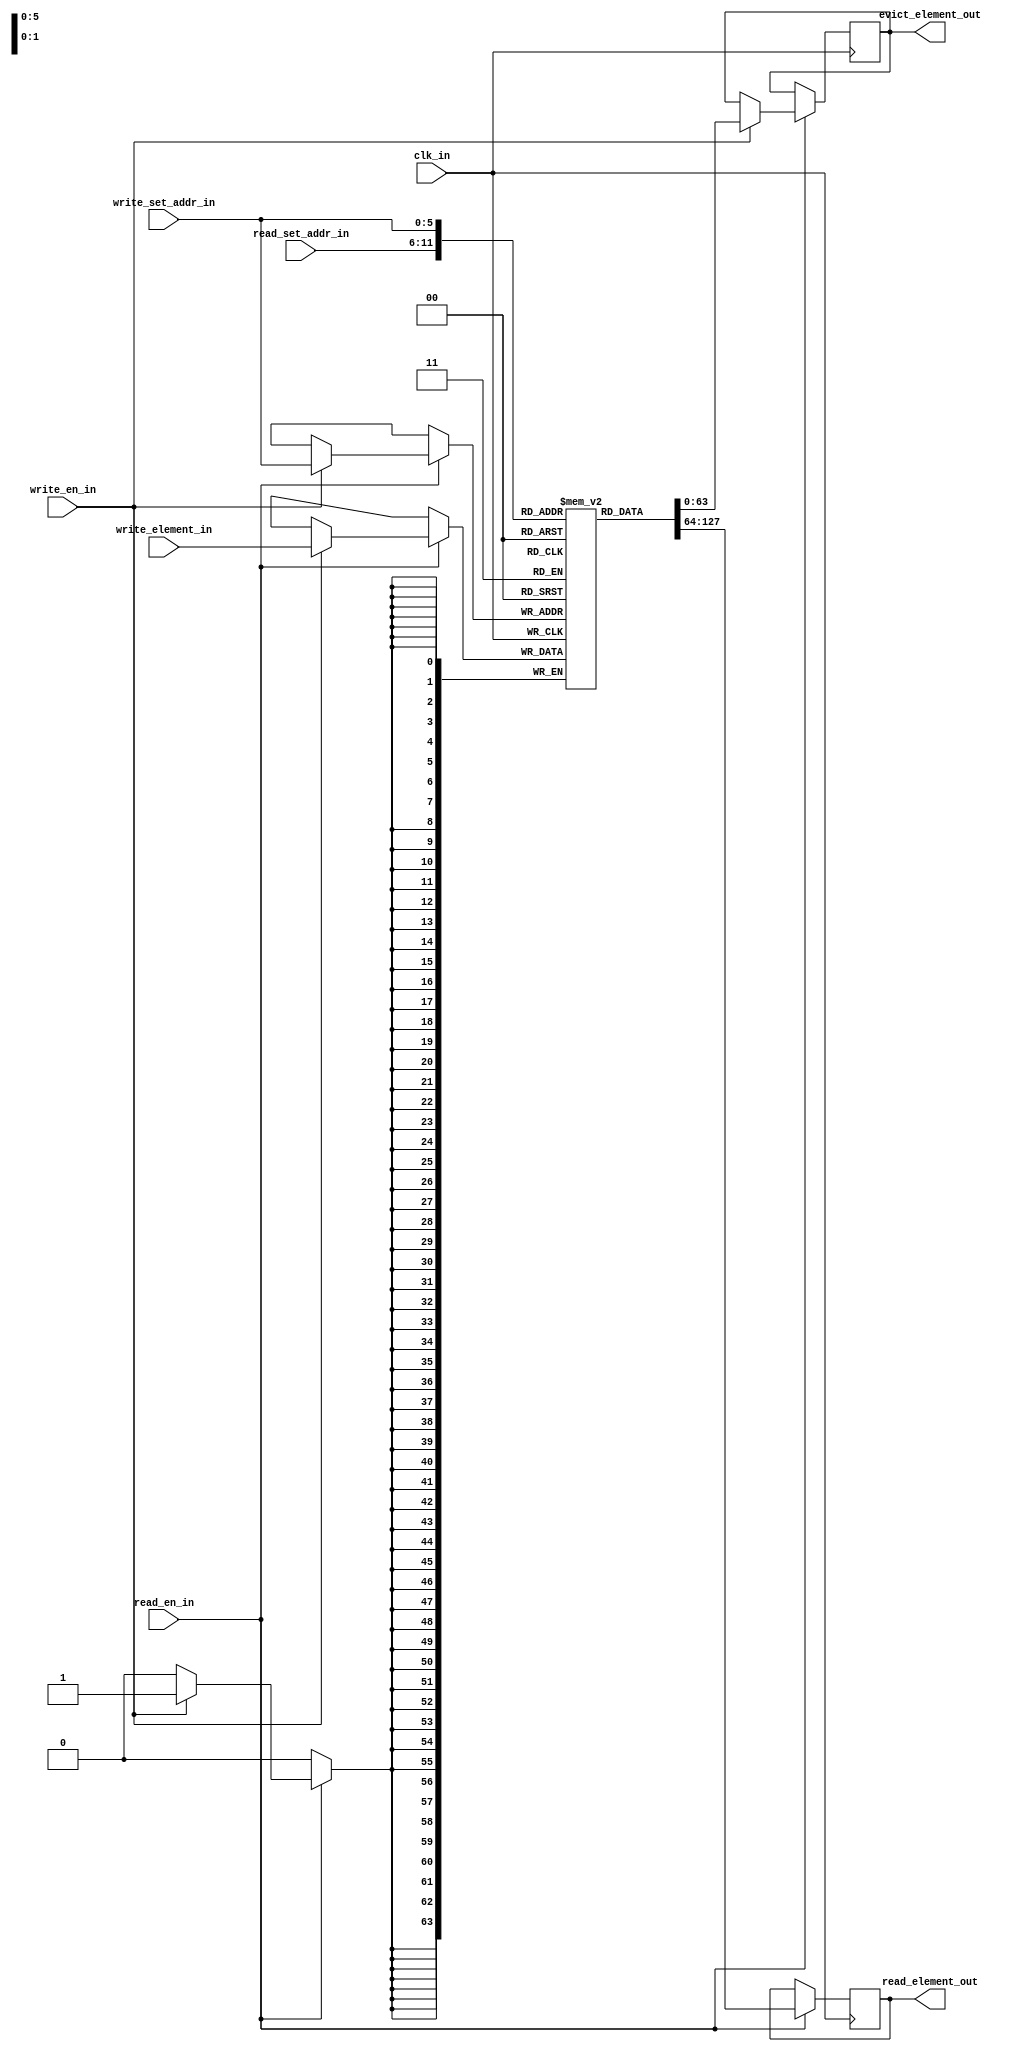
module dual_port_blockram
#(
        parameter SINGLE_ELEMENT_SIZE_IN_BITS = 64,
        parameter NUMBER_SETS                 = 64,
        parameter SET_PTR_WIDTH_IN_BITS       = 6
)
(
        input                                            clk_in,
    
        input                                            read_en_in,
        input      [SET_PTR_WIDTH_IN_BITS       - 1 : 0] read_set_addr_in,
        output reg [SINGLE_ELEMENT_SIZE_IN_BITS - 1 : 0] read_element_out,

        input                                            write_en_in,
        input      [SET_PTR_WIDTH_IN_BITS       - 1 : 0] write_set_addr_in,
        input      [SINGLE_ELEMENT_SIZE_IN_BITS - 1 : 0] write_element_in,
        output reg [SINGLE_ELEMENT_SIZE_IN_BITS - 1 : 0] evict_element_out
);

(* ram_style = "block" *) reg [SINGLE_ELEMENT_SIZE_IN_BITS - 1 : 0] blockram [NUMBER_SETS - 1 : 0];

always @(posedge clk_in)
begin
        if(read_en_in)
        begin
        
                read_element_out <= blockram[read_set_addr_in];

        if(write_en_in)
        begin
                evict_element_out           <= blockram[write_set_addr_in];
                blockram[write_set_addr_in] <= write_element_in;
        end
    end
end
endmodule